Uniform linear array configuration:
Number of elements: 32
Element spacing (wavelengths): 0.5
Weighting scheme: uniform
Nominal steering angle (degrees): -45
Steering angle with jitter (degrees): -43.204
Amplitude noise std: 0.05
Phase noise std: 0.05

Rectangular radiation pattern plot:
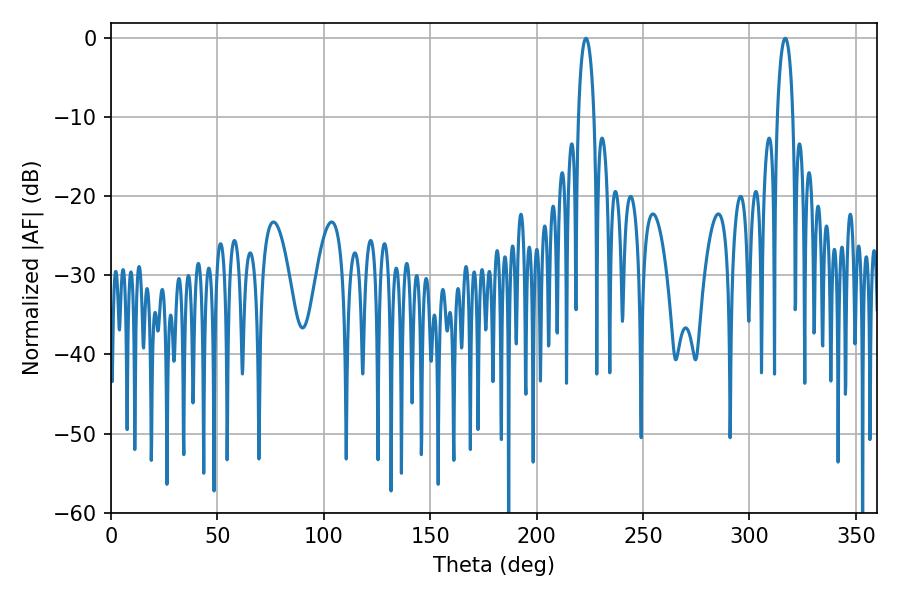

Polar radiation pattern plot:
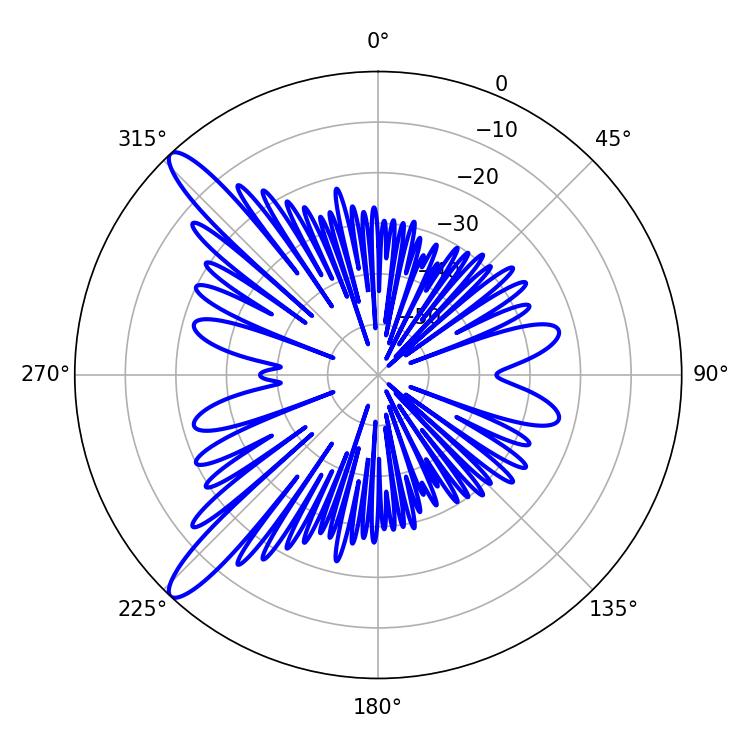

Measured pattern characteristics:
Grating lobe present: FALSE
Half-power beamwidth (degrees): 4.32
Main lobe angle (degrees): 316.8